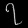
Digit: ၇